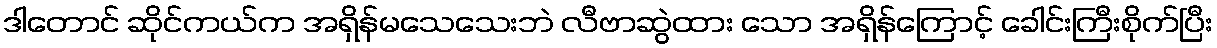
ဒါတောင် ဆိုင်ကယ်က အရှိန်မသေသေးဘဲ လီဗာဆွဲထား သော အရှိန်ကြောင့် ခေါင်းကြီးစိုက်ပြီး